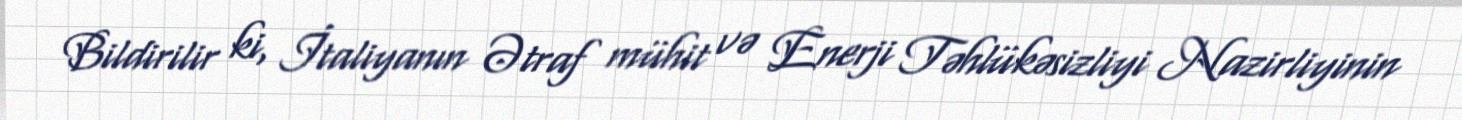
Bildirilir ki, İtaliyanın Ətraf mühit və Enerji Təhlükəsizliyi Nazirliyinin